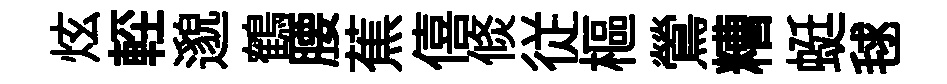
炫䡖邈鶴腰蕉僖倐従樞鶯糟蜓毬